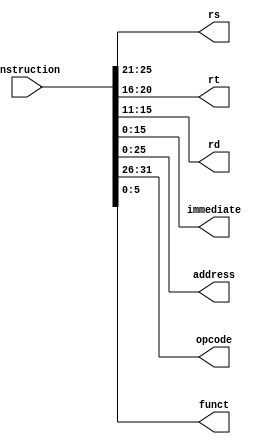
// Instruction decoder
// Liv, Jamie, Sabrina

module decoder(

output  [4:0]   rs, rt, rd,
output  [15:0]  immediate,
output  [25:0]  address,
output  [5:0]   opcode,
output  [5:0]   funct,
input   [31:0]  instruction
);

assign rs = instruction[25:21];
assign rt = instruction[20:16];
assign rd = instruction[15:11];
assign funct = instruction[5:0];
assign opcode = instruction[31:26];     
assign immediate = instruction[15:0];
assign address = instruction[25:0];

endmodule